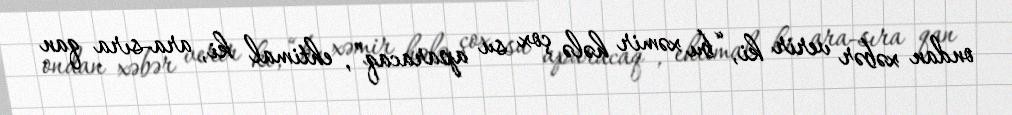
ondan xəbər verir ki, “bu xəmir hələ çox su aparacaq”, ehtimal ki, ara-sıra qan